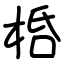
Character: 桰